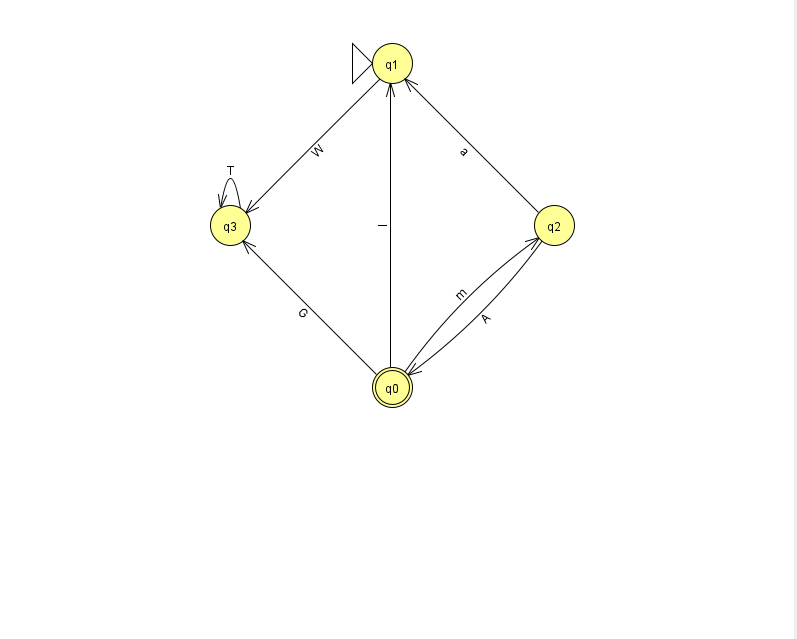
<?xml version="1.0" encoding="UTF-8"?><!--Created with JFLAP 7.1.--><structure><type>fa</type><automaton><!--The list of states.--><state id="0" name="q0"><x>392.0</x><y>374.0</y><final/></state><state id="1" name="q1"><x>392.0</x><y>50.0</y><initial/></state><state id="2" name="q2"><x>554.0</x><y>212.0</y></state><state id="3" name="q3"><x>230.0</x><y>212.0</y></state><!--The list of transitions.--><transition><from>3</from><to>3</to><read>T</read></transition><transition><from>0</from><to>1</to><read>l</read></transition><transition><from>0</from><to>3</to><read>G</read></transition><transition><from>2</from><to>0</to><read>A</read></transition><transition><from>0</from><to>2</to><read>m</read></transition><transition><from>1</from><to>3</to><read>W</read></transition><transition><from>2</from><to>1</to><read>a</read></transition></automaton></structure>